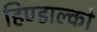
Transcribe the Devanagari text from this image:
हिण्डाल्को